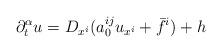
LaTeX: \begin{align*}\partial_{t}^{\alpha}u = D_{x^{i}}(a_{0}^{ij}u_{x^{i}}+ \bar{f}^{i})+h\end{align*}